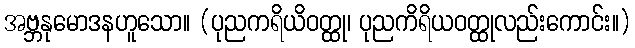
အဗ္ဘနုမောဒနဟူသော။ (ပုညကရိယိဝတ္ထု၊ ပုညကိရိယဝတ္ထုလည်းကောင်း။)